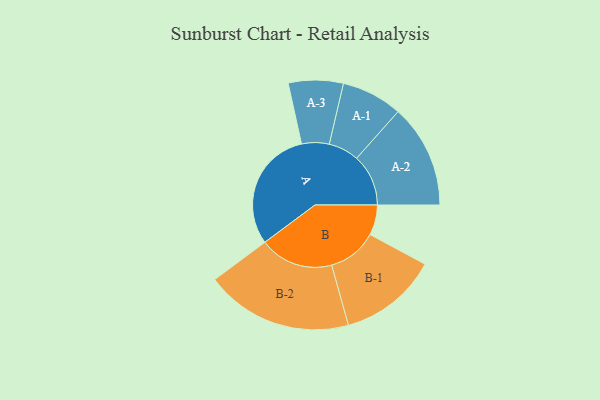
{"axis": {"x": "Segment", "y": "Value"}, "legend": ["", "A", "B"], "data": [{"x": "A", "y": 477, "type": ""}, {"x": "B", "y": 118, "type": ""}, {"x": "A-1", "y": 119, "type": "A"}, {"x": "A-2", "y": 202, "type": "A"}, {"x": "A-3", "y": 107, "type": "A"}, {"x": "B-1", "y": 193, "type": "B"}, {"x": "B-2", "y": 288, "type": "B"}]}